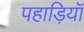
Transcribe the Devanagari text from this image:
पहाड़ियॉ